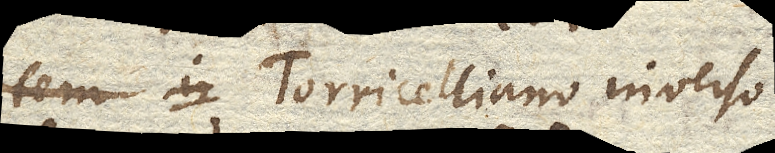
Torricelliano inverso